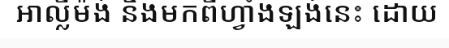
អាល្លឺម៉ង់ និងមកពីហ្វាំងឡង់នេះ ដោយ